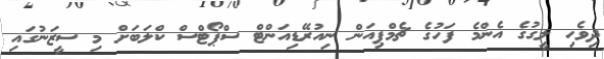
ދިވެހި ލީގުގެ އެންމެ ފަހުގެ ޗެމްޕިއަން ނިއުރޭޑިއަންޓް ސްޕޯޓްސް ކްލަބަށް މި ސީޒަނުގައި